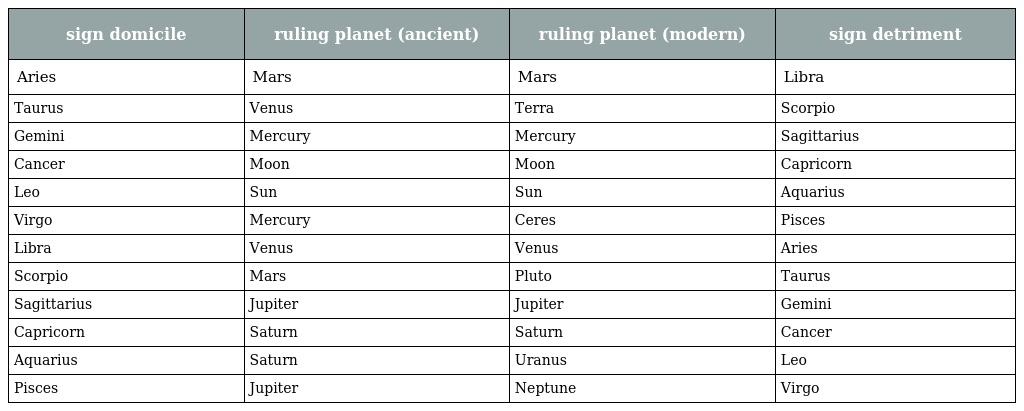
| sign domicile | ruling planet (ancient) | ruling planet (modern) | sign detriment |
 | --- | --- | --- | --- |
 | Aries | Mars | Mars | Libra |
 | Taurus | Venus | Terra | Scorpio |
 | Gemini | Mercury | Mercury | Sagittarius |
 | Cancer | Moon | Moon | Capricorn |
 | Leo | Sun | Sun | Aquarius |
 | Virgo | Mercury | Ceres | Pisces |
 | Libra | Venus | Venus | Aries |
 | Scorpio | Mars | Pluto | Taurus |
 | Sagittarius | Jupiter | Jupiter | Gemini |
 | Capricorn | Saturn | Saturn | Cancer |
 | Aquarius | Saturn | Uranus | Leo |
 | Pisces | Jupiter | Neptune | Virgo |